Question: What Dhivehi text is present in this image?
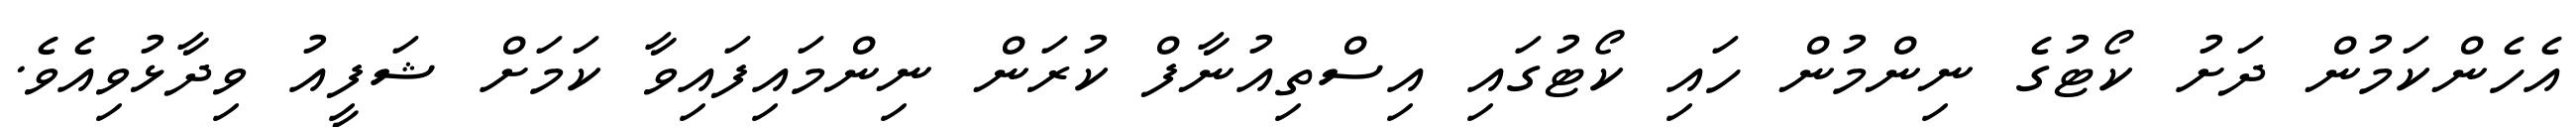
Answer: އެހެންކަމުން ދަށު ކޯޓުގެ ނިންމުން ހައި ކޯޓުގައި އިސްތިއުނާފް ކުރަން ނިންމައިފައިވާ ކަމަށް ޝަފީއު ވިދާޅުވިއެވެ.